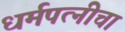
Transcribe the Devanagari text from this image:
धर्मपत्‍नीचा